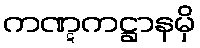
ကဏ္ဋကဋ္ဌာနမှိ